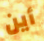
أين